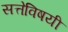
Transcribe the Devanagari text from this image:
सत्तेविषयी